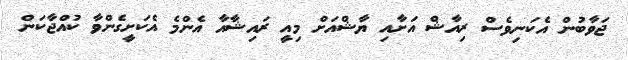
ޖަވާބުން އެކަނިވެސް ރިއާޝް އަށާއި ޔާޝްއަށް މިއީ ރައިޝާއާ އެންމެ އެކަށީގެންވާ ކުއްޖާކަން